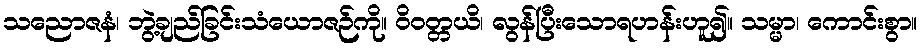
သညောဇနံ၊ ဘွဲ့ချည်ခြင်းသံယောဇဉ်ကို။ ဝိဝတ္တယိ၊ လွန်ပြီးသောရဟန်းဟူ၍။ သမ္မာ၊ ကောင်းစွာ။